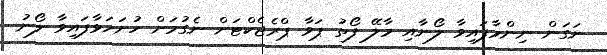
ނަގަން ނިންމާފައިވާ ލޯނާއި މާލޭ ފޯތު ޕަވާ ޕްރެޖެކްޓަށް ނެގުމަށް ހުށަހަޅާފައިވާ ލޯނު